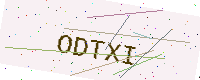
Text: ODTXI